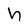
Character: h